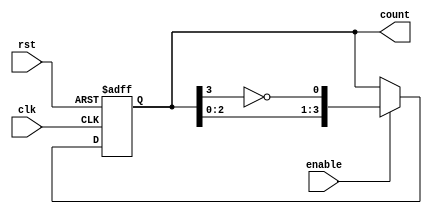
module ring_johnson_counter #(
    parameter n = 4  // Number of bits in the counter
)(
    input clk,       // Clock input
    input rst,       // Asynchronous reset
    input enable,    // Enable input
    output reg [n-1:0] count // Output count value
);

    // Internal signal for feedback
    wire feedback;

    // Assign feedback as the inverted output of the last flip-flop
    assign feedback = ~count[n-1];

    always @(posedge clk or posedge rst) begin
        if (rst) begin
            // Reset the count to all zeros
            count <= 0;
        end else if (enable) begin
            // Shift the counter values
            count <= {count[n-2:0], feedback};
        end
    end

endmodule